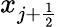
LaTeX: x_{j+\frac{1}{2}}